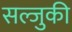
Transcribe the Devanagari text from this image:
सल्जुकी